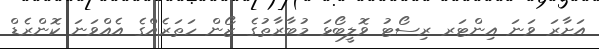
އަށާރަ ވަނަ އިންޓަރ ރިސޯޓު ވޮލީބޯޅަ މުބާރާތުގެ ޒޯން ހަތަރެއްގެ އެއްވަނަ ކޮންރެޑް